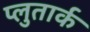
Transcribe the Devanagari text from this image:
प्लुतार्क